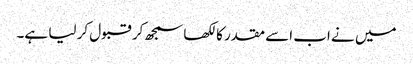
میں نے اب اسے مقدر کا لکھا سمجھ کر قبول کر لیا ہے۔